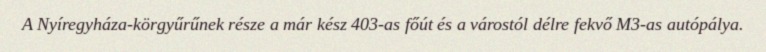
A Nyíregyháza-körgyűrűnek része a már kész 403-as főút és a várostól délre fekvő M3-as autópálya.